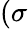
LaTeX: (\sigma